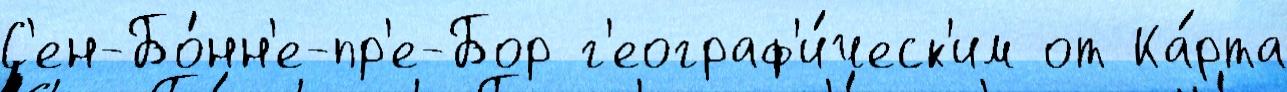
С'ен-Бо́нн'е-пр'е-Бор г'еограф'и́ческ'им от Ка́рта